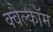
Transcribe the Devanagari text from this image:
क्वैल्कॉम